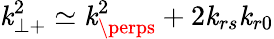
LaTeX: \mathit{k}_{\perp+}^{2}\simeq\mathit{k}_{\perps}^{2}+2\mathit{k}_{rs}\mathit{k}_{r0}